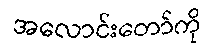
အလောင်းတော်ကို